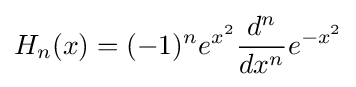
H_{n}(x)=(-1)^{n}e^{x^{2}}{\frac {d^{n}}{dx^{n}}}e^{-x^{2}}\,\!